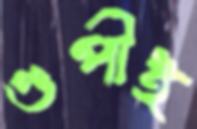
গুপীই